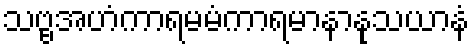
သဗ္ဗအဟံကာရမမံကာရမာနာနုသယာနံ